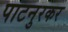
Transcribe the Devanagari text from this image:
पाटनुरकर